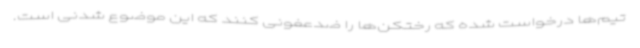
تیم‌ها درخواست شده که رختکن‌ها را ضدعفونی کنند که این موضوع شدنی است.